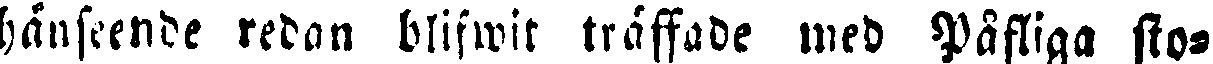
hänseende redan bliftrit träffade med Påfliga sto-